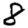
Digit: 8